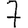
Digit: 7